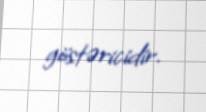
göstəricidir.